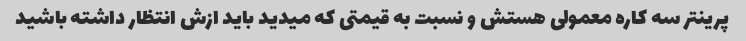
پرینتر سه کاره معمولی هستش و نسبت به قیمتی که میدید باید ازش انتظار داشته باشید